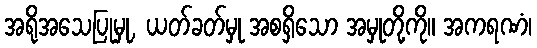
အရိုအသေပြုမှု, ယတ်ခတ်မှု အစရှိသော အမှုတို့ကို။ အကရဏံ၊